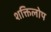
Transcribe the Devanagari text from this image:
शक्तिलोप